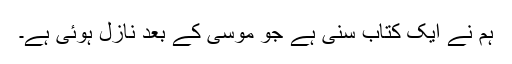
ہم نے ایک کتاب سنی ہے جو موسیٰ کے بعد نازل ہوئی ہے۔